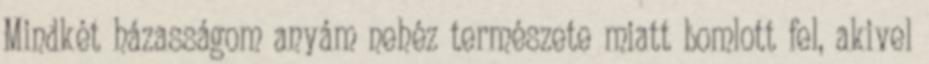
Mindkét házasságom anyám nehéz természete miatt bomlott fel, akivel